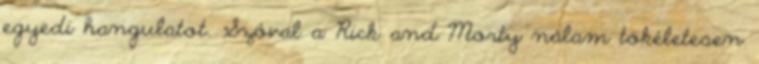
egyedi hangulatot. Szóval a Rick and Morty nálam tökéletesen